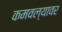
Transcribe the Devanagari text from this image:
कमवल्यावर